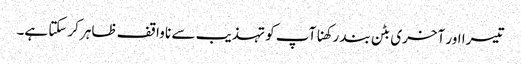
تیسرا اور آخری بٹن بند رکھنا آپ کو تہذیب سے نا واقف ظاہر کرسکتا ہے۔